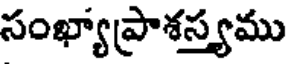
సంఖ్యాప్రాశస్త్యము